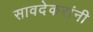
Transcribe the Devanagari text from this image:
सावदेकरांनी